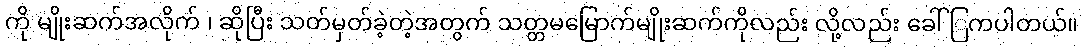
ကို မျိုးဆက်အလိုက် ၊ ဆိုပြီး သတ်မှတ်ခဲ့တဲ့အတွက် သတ္တမမြောက်မျိုးဆက်ကိုလည်း လို့လည်း ခေါ်ြကပါတယ်။